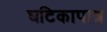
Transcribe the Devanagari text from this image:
घटिकापात्र